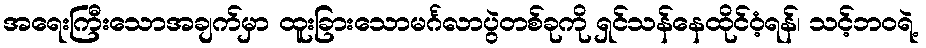
အရေးကြီးသောအချက်မှာ ထူးခြားသောမင်္ဂလာပွဲတစ်ခုကို ရှင်သန်နေထိုင်ဝံ့ရန်၊ သင့်ဘဝရဲ့